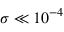
\sigma \ll 1 0 ^ { - 4 }